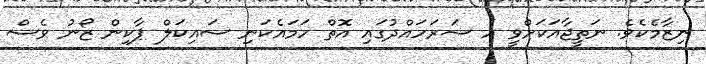
ނިޒާމެކެވެ. ނަތީޖާއަކަށްވީ އެ ސަރަހައްދުގައި އޮތް ހަމައެކަނި ސައިކަލް ޕާކިން ޒޯނު ވެސް